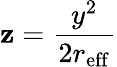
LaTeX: \mathbf{z}=\frac{{y^{2}}}{{2r_{\mathrm{{eff}}}}}